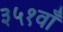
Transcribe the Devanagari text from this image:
३५१वाँ